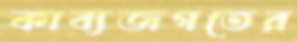
কাব্যজগতের